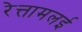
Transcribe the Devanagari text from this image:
रेत्तामलई